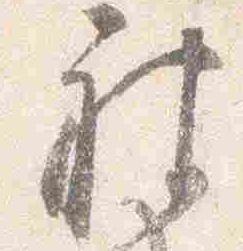
被